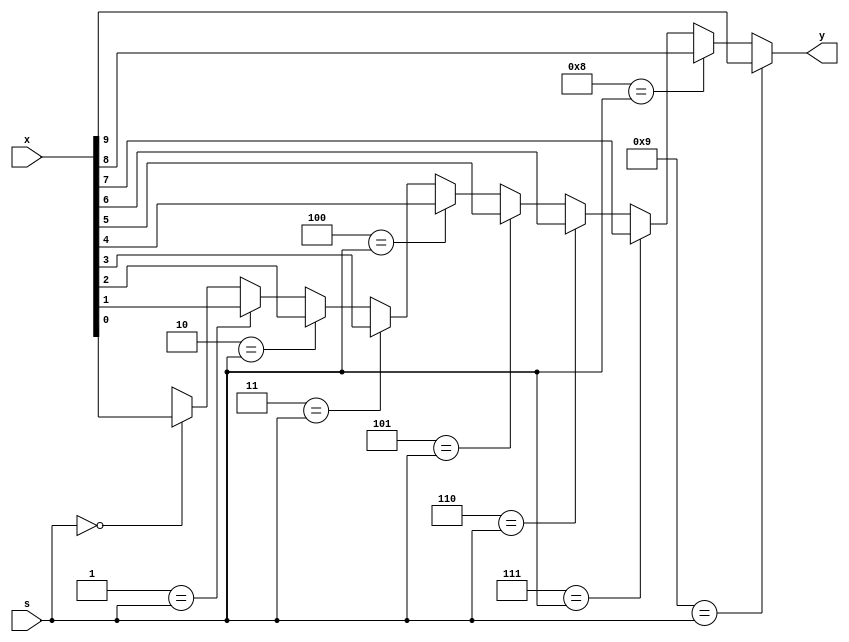
module mux_nx1 #(parameter n=10)(
  input [n-1:0] x,
  input  [$clog2(n)-1:0] s,
  output reg y
);

integer k;
  always @ (x,s)
  begin
    
    y='bx;
    for(k=0;k<n;k=k+1)
    begin
      if (k==s)
        y=x[k];
      
    end
    
  end

 
endmodule